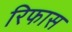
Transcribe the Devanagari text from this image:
रिफास